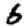
Digit: 6